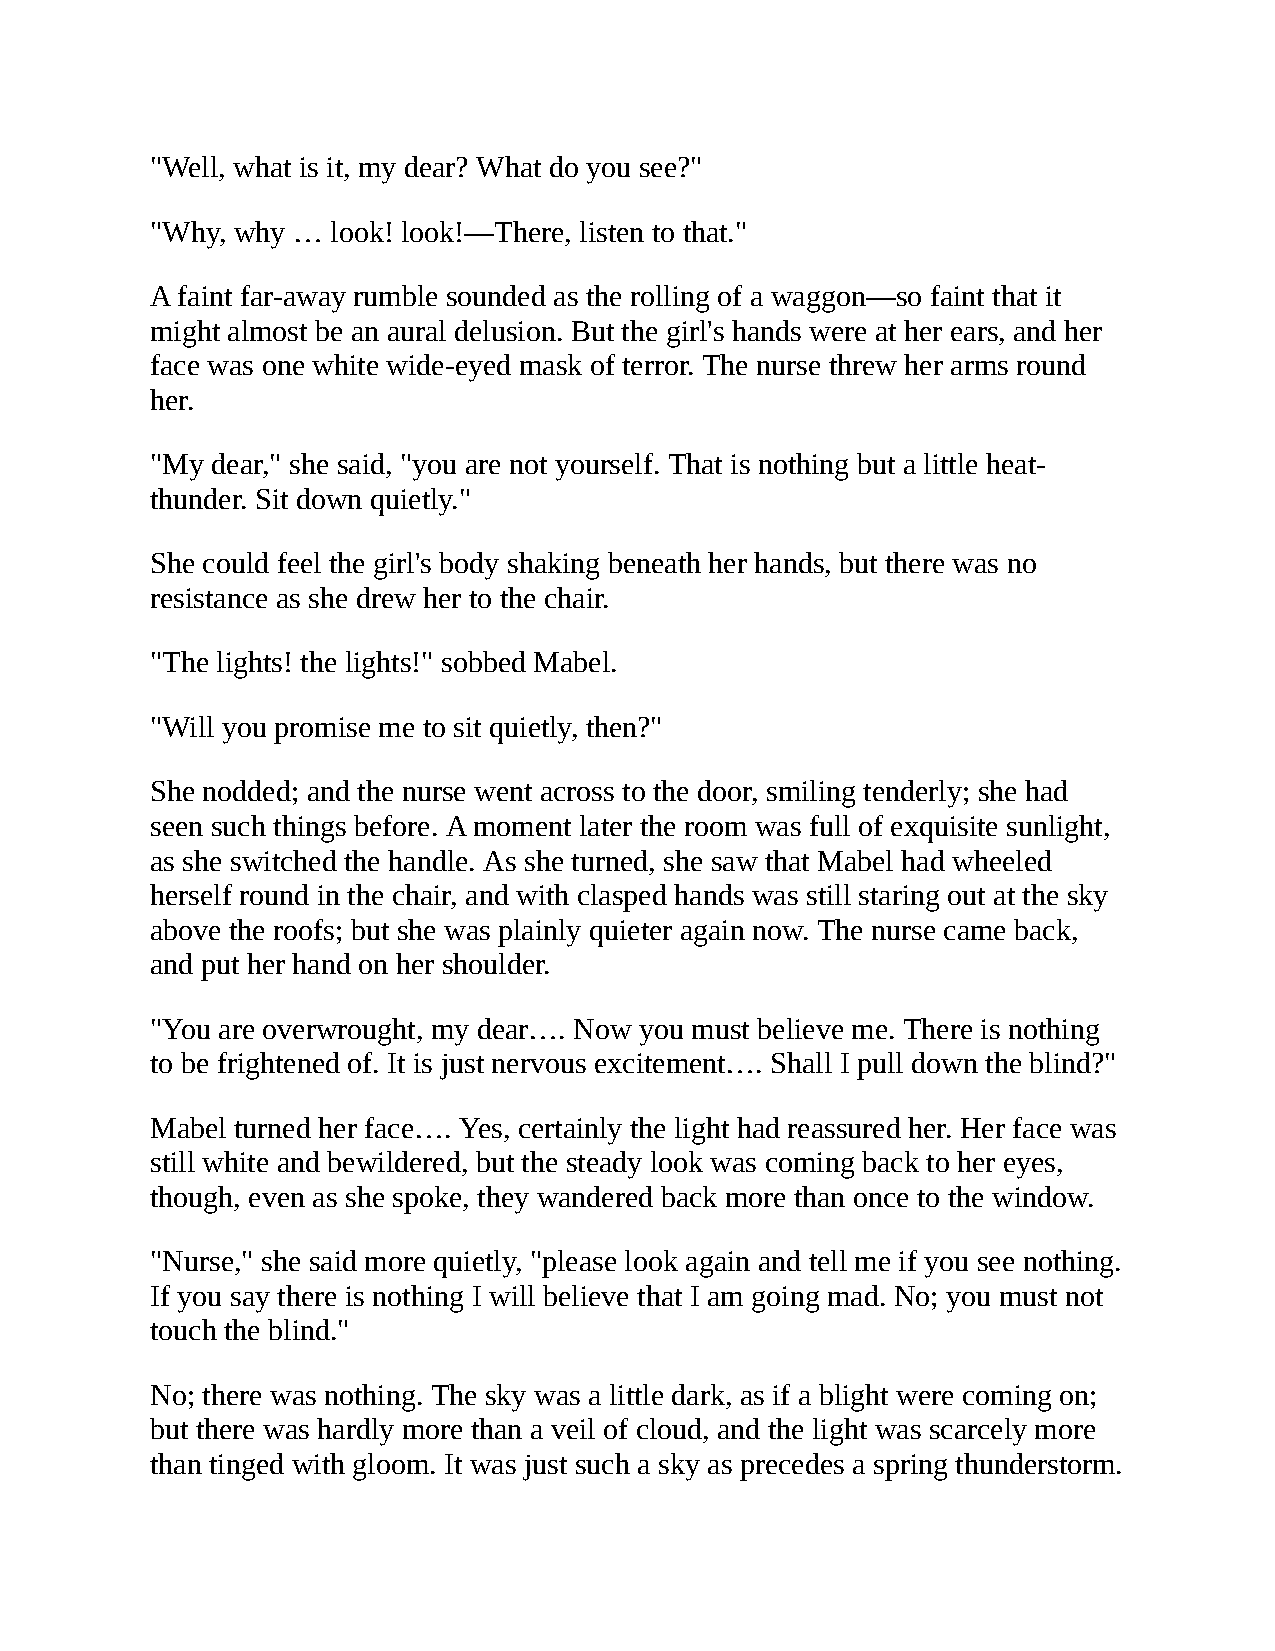
"Well, what is it, my dear? What do you see?"
 "Why, why … look! look!—There, listen to that."
 A faint far-away rumble sounded as the rolling of a waggon—so faint that it
 might almost be an aural delusion. But the girl's hands were at her ears, and her
 face was one white wide-eyed mask of terror. The nurse threw her arms round
 her.
 "My dear," she said, "you are not yourself. That is nothing but a little heat-
 thunder. Sit down quietly."
 She could feel the girl's body shaking beneath her hands, but there was no
 resistance as she drew her to the chair.
 "The lights! the lights!" sobbed Mabel.
 "Will you promise me to sit quietly, then?"
 She nodded; and the nurse went across to the door, smiling tenderly; she had
 seen such things before. A moment later the room was full of exquisite sunlight,
 as she switched the handle. As she turned, she saw that Mabel had wheeled
 herself round in the chair, and with clasped hands was still staring out at the sky
 above the roofs; but she was plainly quieter again now. The nurse came back,
 and put her hand on her shoulder.
 "You are overwrought, my dear…. Now you must believe me. There is nothing
 to be frightened of. It is just nervous excitement…. Shall I pull down the blind?"
 Mabel turned her face…. Yes, certainly the light had reassured her. Her face was
 still white and bewildered, but the steady look was coming back to her eyes,
 though, even as she spoke, they wandered back more than once to the window.
 "Nurse," she said more quietly, "please look again and tell me if you see nothing.
 If you say there is nothing I will believe that I am going mad. No; you must not
 touch the blind."
 No; there was nothing. The sky was a little dark, as if a blight were coming on;
 but there was hardly more than a veil of cloud, and the light was scarcely more
 than tinged with gloom. It was just such a sky as precedes a spring thunderstorm.